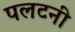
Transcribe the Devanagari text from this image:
पलटनी